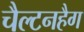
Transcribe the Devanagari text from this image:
चैल्टनहैग